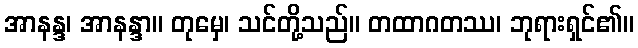
အာနန္ဒ၊ အာနန္ဒာ။ တုမှေ၊ သင်တို့သည်။ တထာဂတဿ၊ ဘုရားရှင်၏။